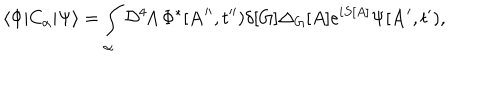
\langle \Phi | C _ { \alpha } | \Psi \rangle = \int _ { \alpha } { \cal D } ^ { 4 } \! A \, \Phi ^ { * } [ { \bf A } ^ { \prime \prime } , t ^ { \prime \prime } ) \delta [ G ] \Delta _ { G } [ A ] e ^ { i S [ A ] } \Psi [ { \bf A } ^ { \prime } , t ^ { \prime } ) ,